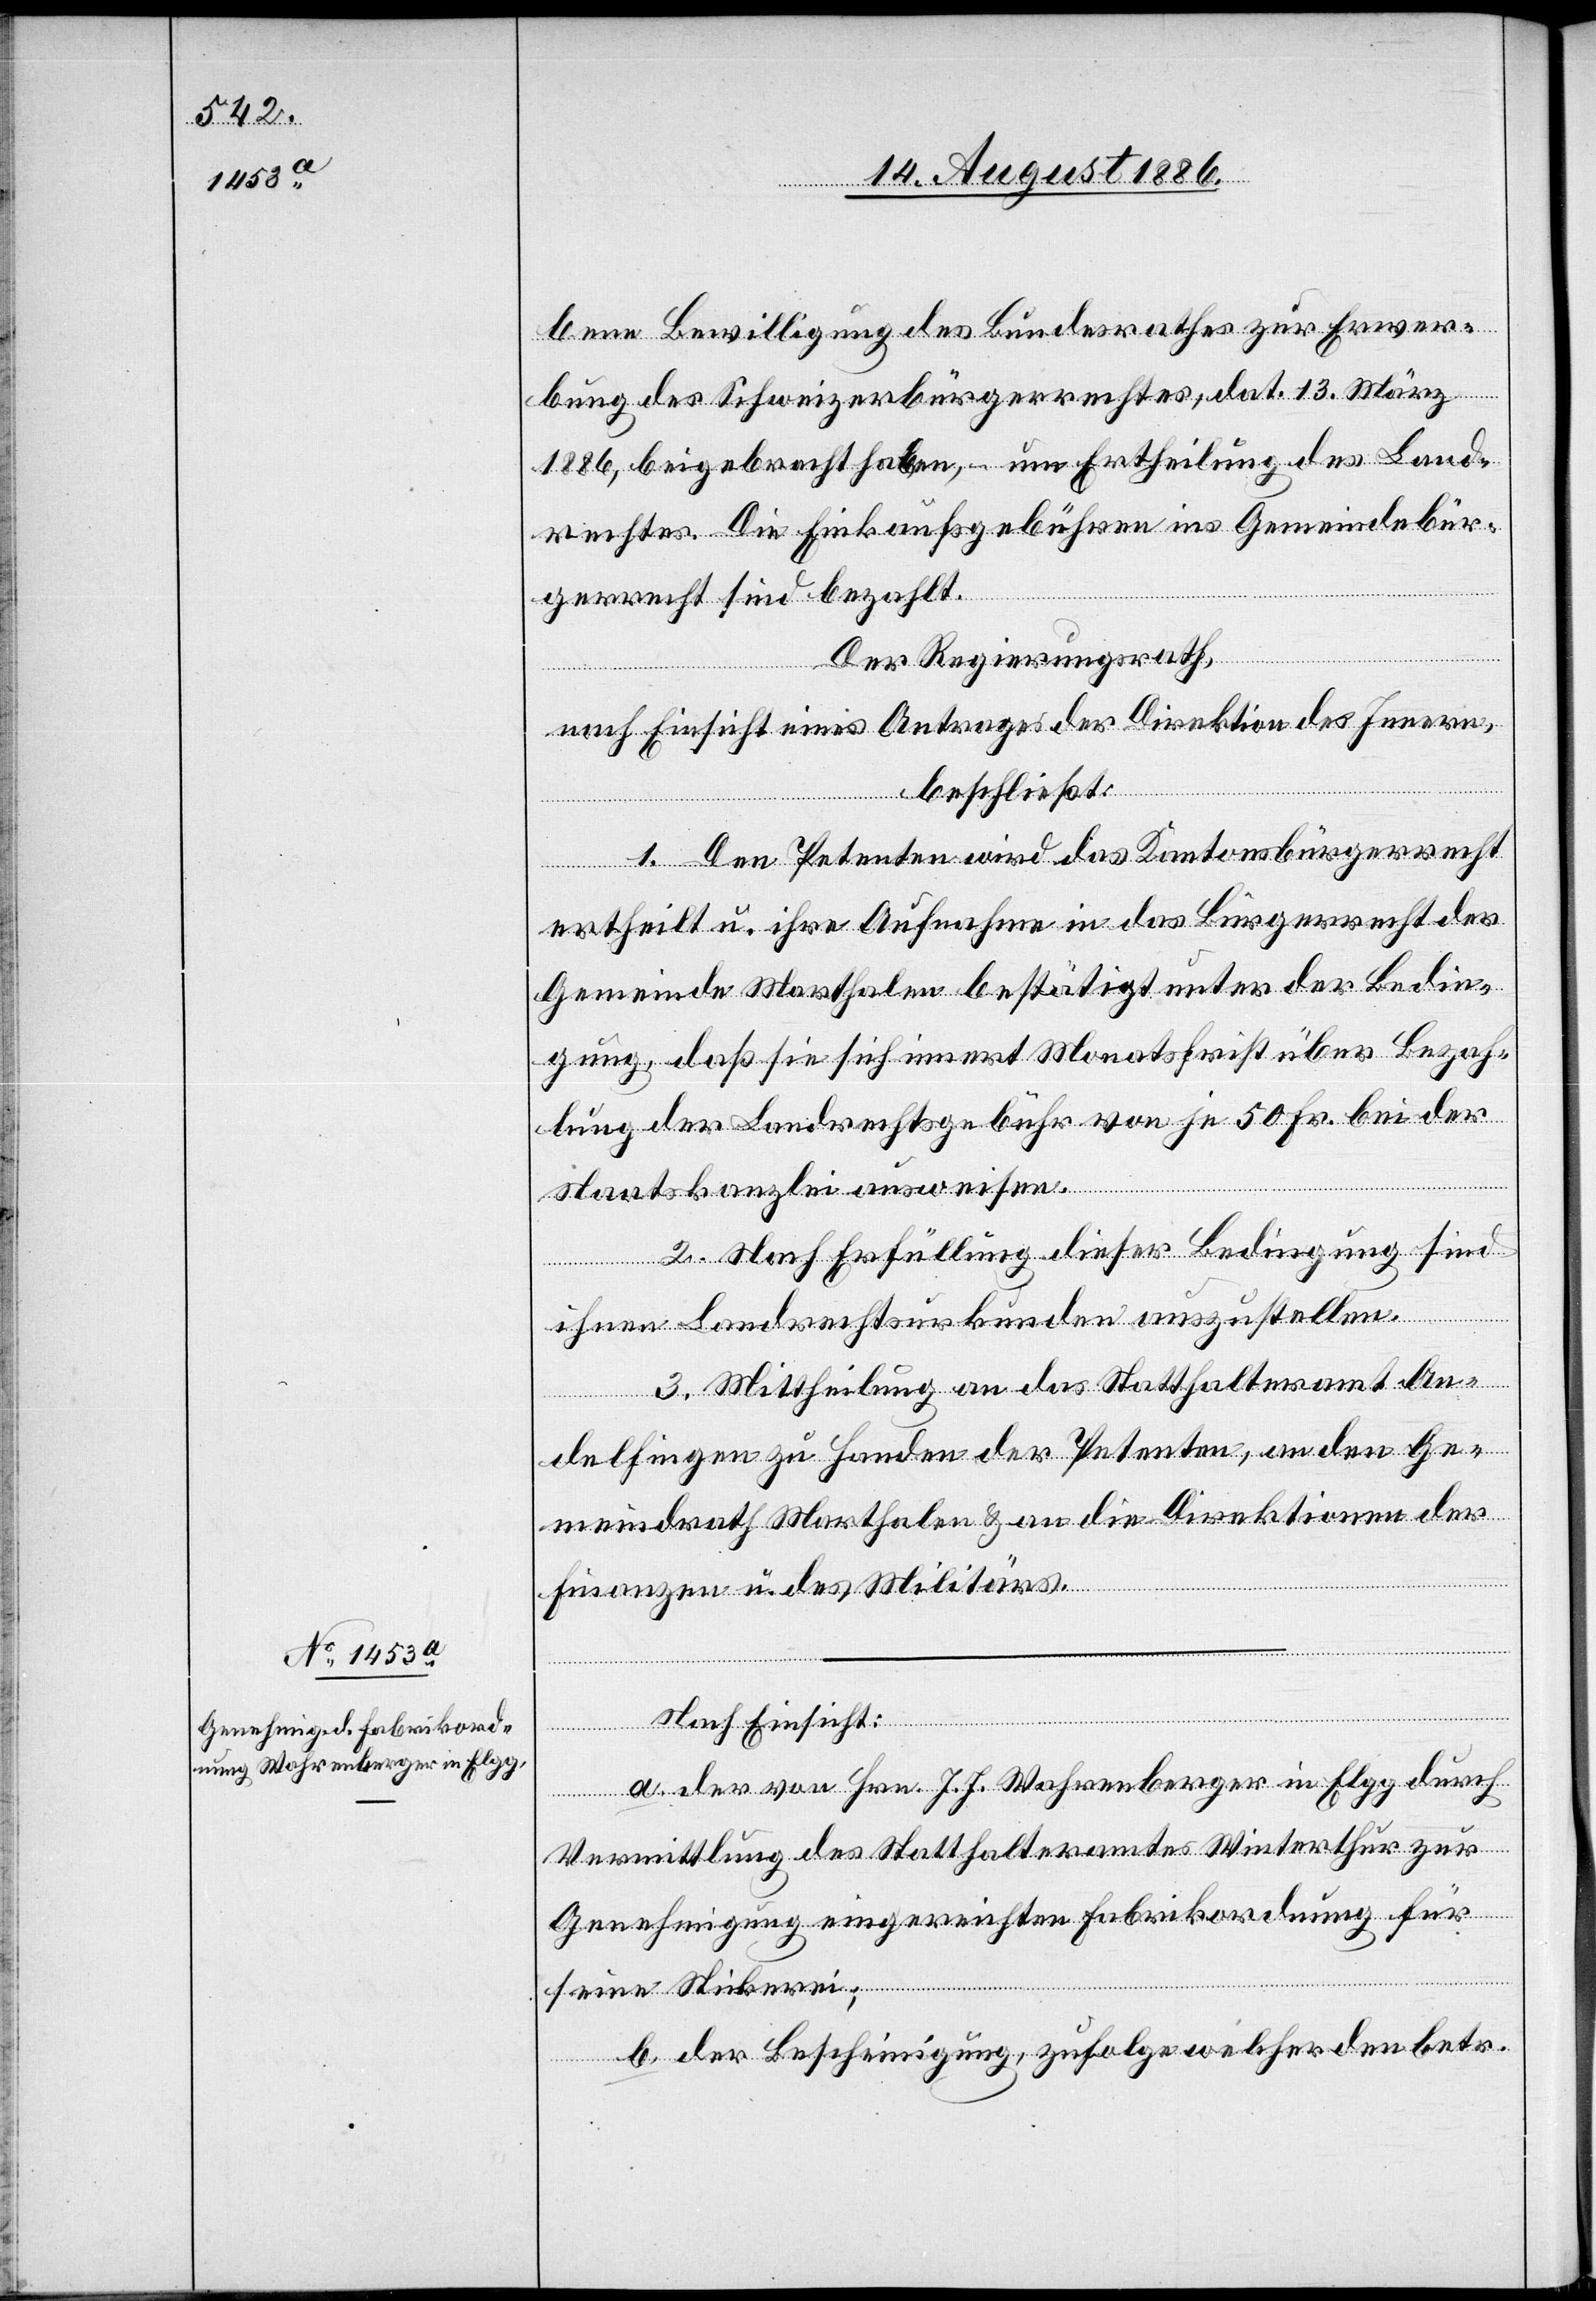
bene Bewilligung des Bundesrathes zur Erwer¬
bung des Schweizerbürgerrechtes, dat. 13. März
1886, beigebracht haben, – um Ertheilung des Land¬
rechtes. Die Einkaufsgebühren ins Gemeindebür¬
gerrecht sind bezahlt.
Der Regierungsrath,
nach Einsicht eines Antrages der Direktion des Innern,
beschließt:
1. Den Petenten wird das Kantonsbürgerrecht
ertheilt u. ihre Aufnahme in das Bürgerrecht der
Gemeinde Marthalen bestätigt unter der Bedin¬
gung, daß sie sich innert Monatsfrist über Bezah¬
lung der Landrechtsgebühr von je 50 Fr. bei der
Staatskanzlei ausweisen.
2. Nach Erfüllung dieser Bedingung sind
ihnen Landrechtsurkunden auszustellen.
3. Mittheilung an das Statthalteramt An¬
delfingen zu Handen der Petenten, an den Ge¬
meindrath Marthalen & an die Direktionen der
Finanzen u. des Militärs.
Nach Einsicht:
a. der von Hrn. J. J. Wahrenberger in Elgg durch
Vermittlung des Statthalteramtes Winterthur zur
Genehmigung eingereichten Fabrikordnung für
seine Stickerei;
b. der Bescheinigung, zufolge welcher den betr.